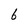
Character: 6